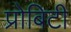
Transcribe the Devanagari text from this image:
प्रोबिटी